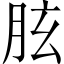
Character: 胘